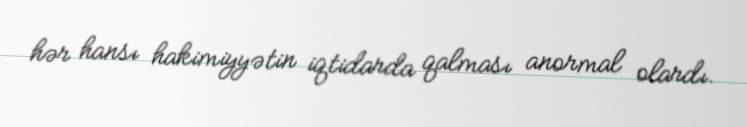
hər hansı hakimiyyətin iqtidarda qalması anormal olardı.